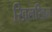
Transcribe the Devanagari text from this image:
खिलखिल